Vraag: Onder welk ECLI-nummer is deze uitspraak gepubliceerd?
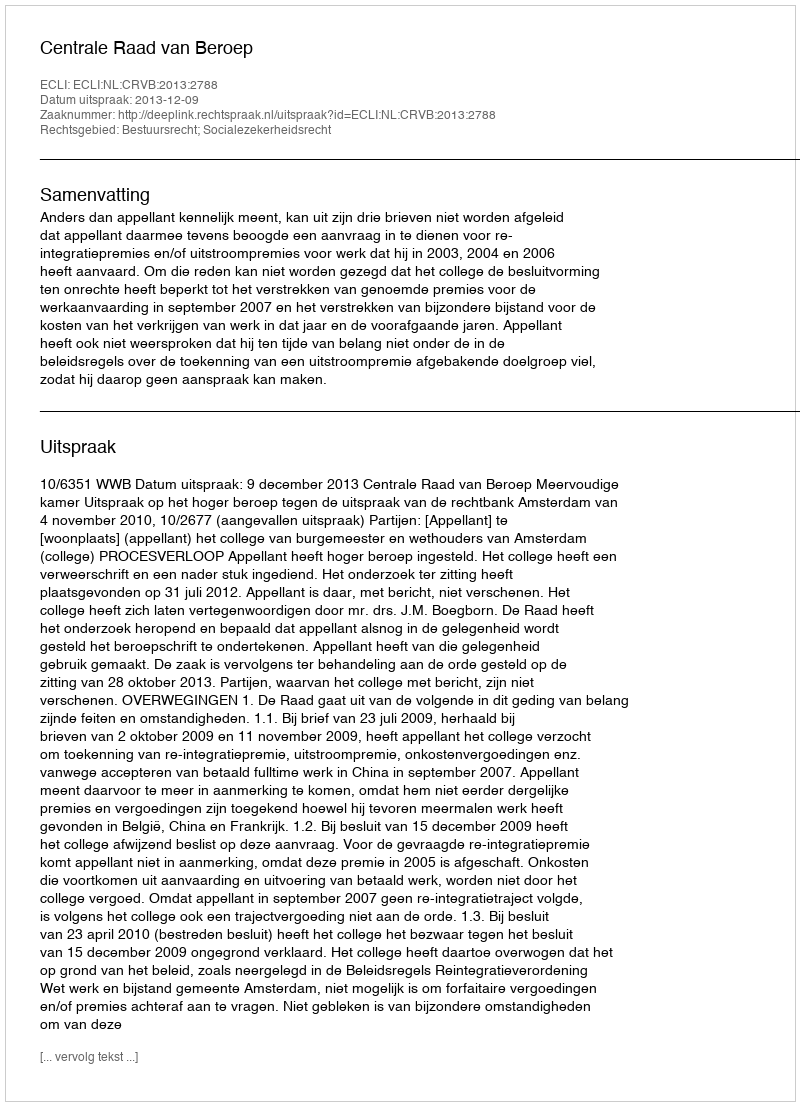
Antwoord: ECLI:NL:CRVB:2013:2788